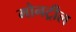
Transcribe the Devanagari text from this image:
मोनट्रील